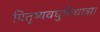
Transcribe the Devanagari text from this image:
पितृष्यवघुविधात्रा।